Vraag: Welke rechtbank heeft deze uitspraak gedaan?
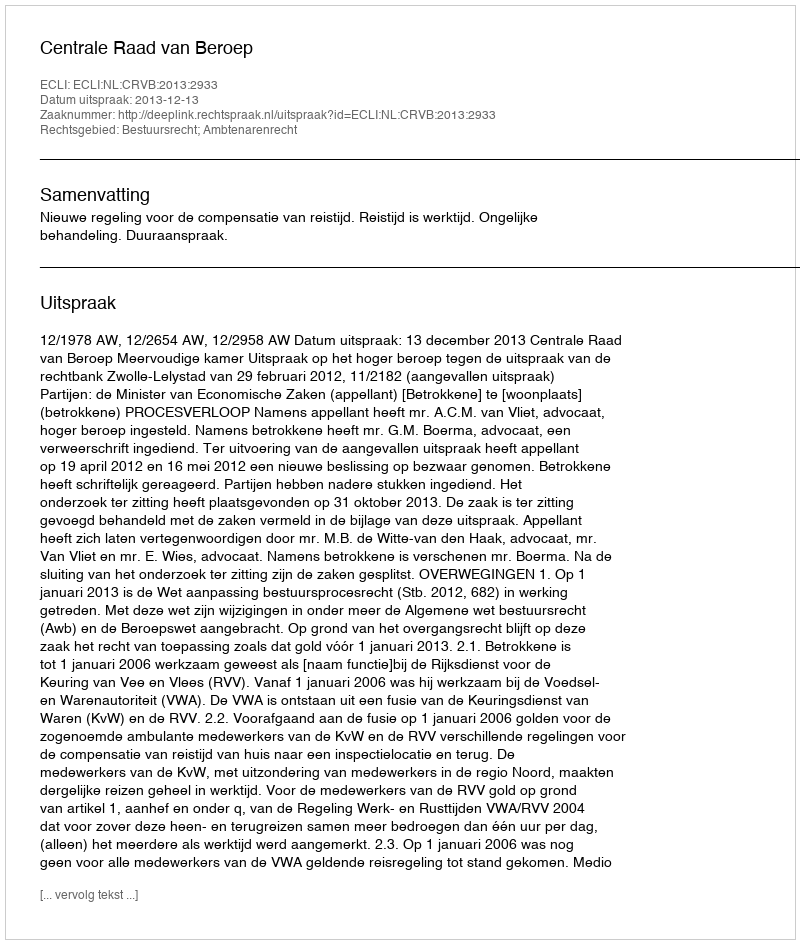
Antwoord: Centrale Raad van Beroep